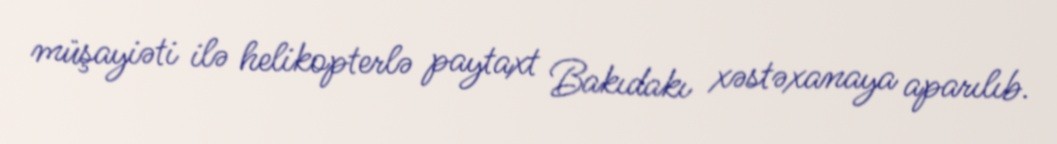
müşayiəti ilə helikopterlə paytaxt Bakıdakı xəstəxanaya aparılıb.